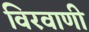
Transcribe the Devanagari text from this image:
विरवाणी